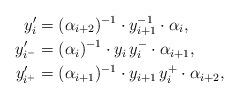
LaTeX: \begin{align*} y_i' &= (\alpha_{i+2})^{-1} \cdot y_{i+1}^{-1} \cdot \alpha_i, \\ y_{i^-}' &= (\alpha_{i})^{-1} \cdot y_i \, y_i^- \cdot \alpha_{i+1}, \\ y_{i^+}' &= (\alpha_{i+1})^{-1} \cdot y_{i+1} \, y_i^+ \cdot \alpha_{i+2},\end{align*}